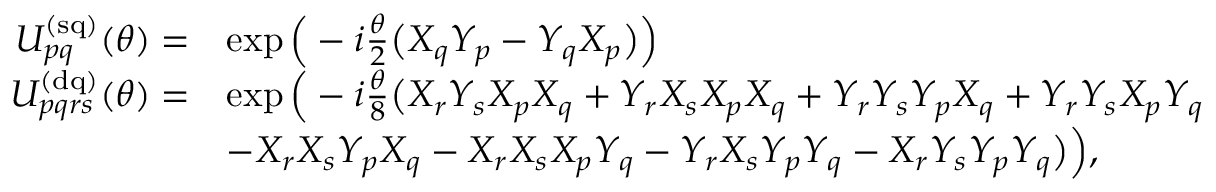
\begin{array} { r l } { U _ { p q } ^ { \mathrm { ( s q ) } } ( \theta ) = } & { \exp \Big ( - i \frac { \theta } { 2 } \big ( X _ { q } Y _ { p } - Y _ { q } X _ { p } \big ) \Big ) } \\ { U _ { p q r s } ^ { \mathrm { ( d q ) } } ( \theta ) = } & { \exp \Big ( - i \frac { \theta } { 8 } \big ( X _ { r } Y _ { s } X _ { p } X _ { q } + Y _ { r } X _ { s } X _ { p } X _ { q } + Y _ { r } Y _ { s } Y _ { p } X _ { q } + Y _ { r } Y _ { s } X _ { p } Y _ { q } } \\ & { - X _ { r } X _ { s } Y _ { p } X _ { q } - X _ { r } X _ { s } X _ { p } Y _ { q } - Y _ { r } X _ { s } Y _ { p } Y _ { q } - X _ { r } Y _ { s } Y _ { p } Y _ { q } \big ) \Big ) , } \end{array}